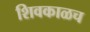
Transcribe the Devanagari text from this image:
शिवकाळच